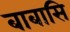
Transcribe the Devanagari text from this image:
बाबासि